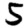
Digit: 5